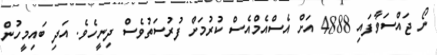
ނޯ ޖައްސަވާފައި 4888 އަށް އެސްއެމްއެސް ކުރުމަށް ފުރުސަތުވެސް ދިނީހެވެ. އަދި ބައިމީހުން